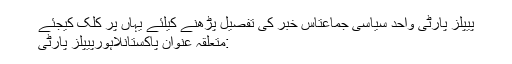
پیپلز پارٹی واحد سیاسی جماعتاس خبر کی تفصیل پڑھنے کیلئے یہاں پر کلک کیجئے
:متعلقہ عنوان پاکستانلاہورپیپلز پارٹی